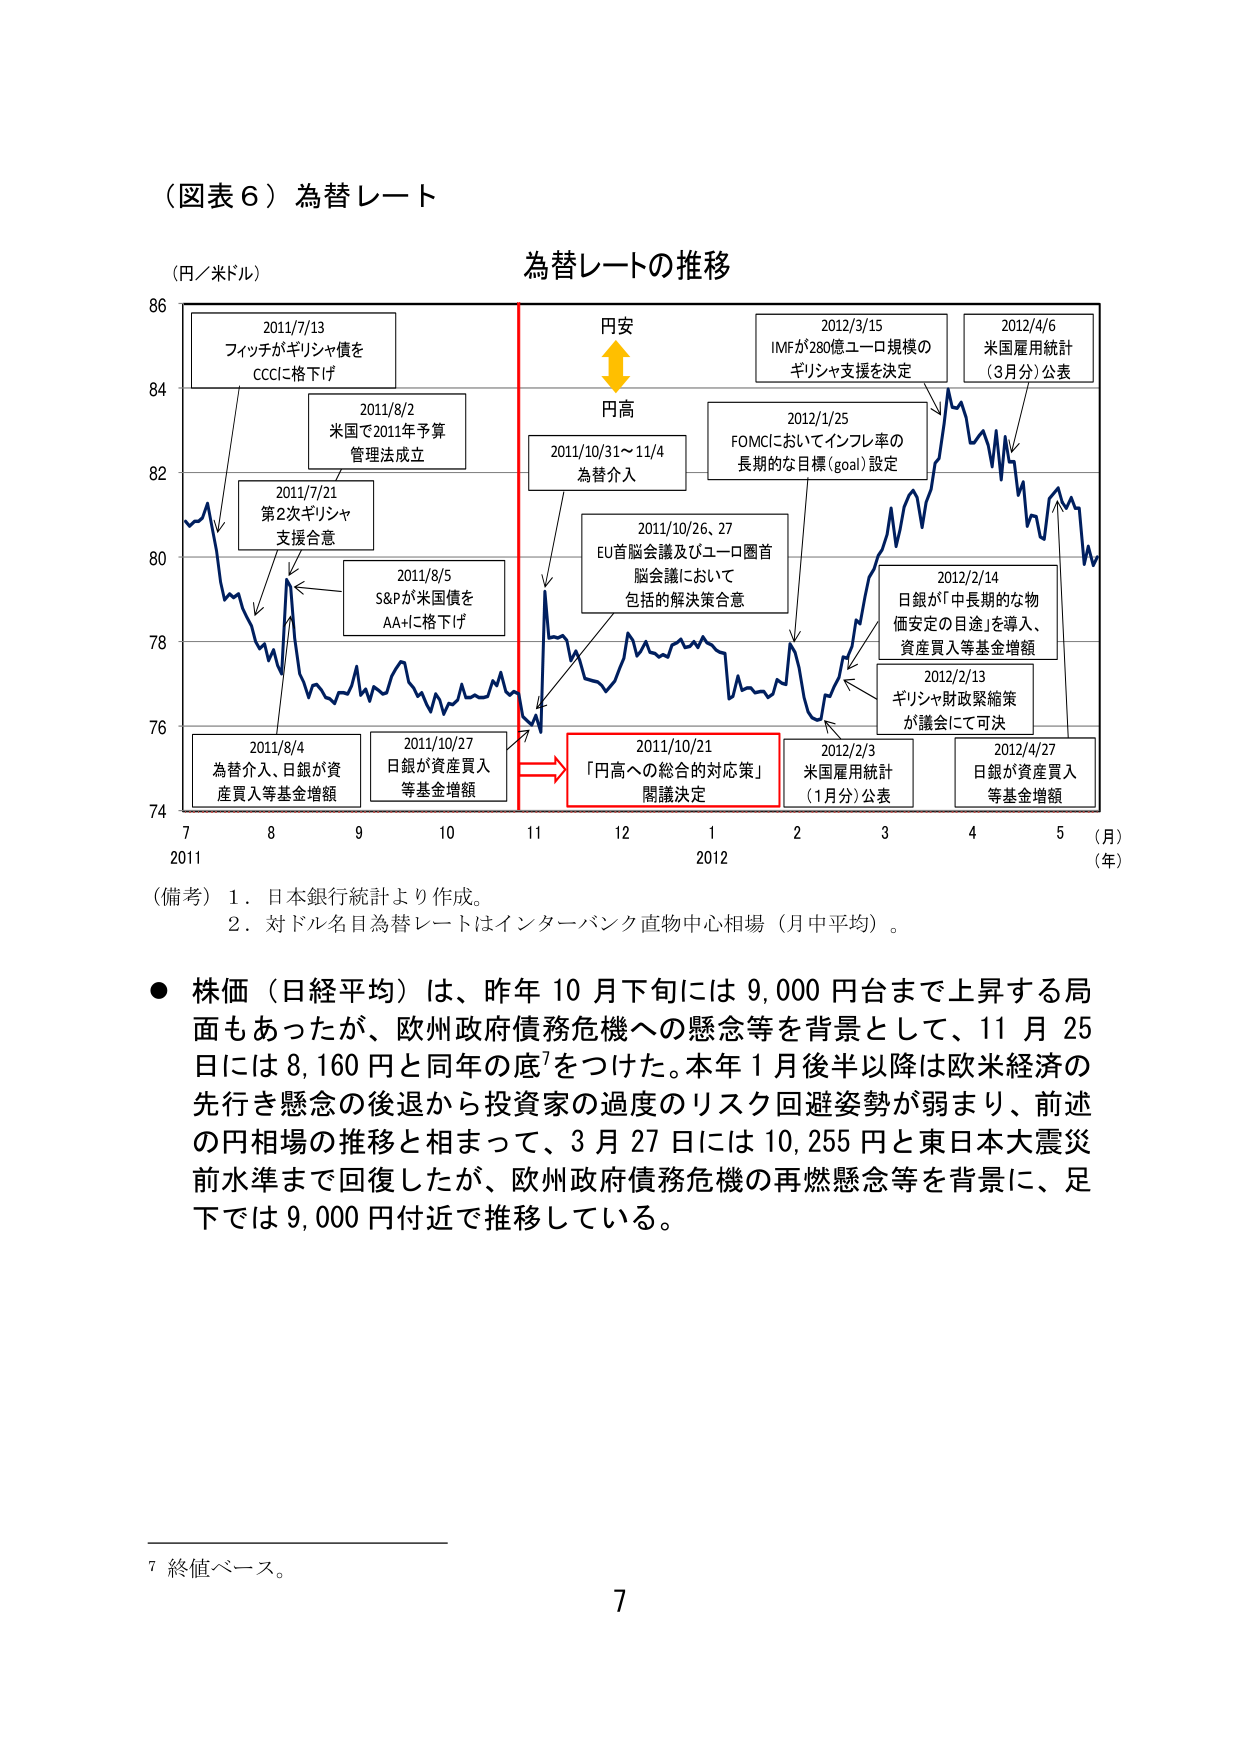
（図表６）為替レート

為替レートの推移

（円／米ドル）

86
2011/7/13
フィッチがギリシャ債を
CCCに格下げ

2011/8/2
米国で2011年予算
管理法成立

2011/7/21
第2次ギリシャ
支援合意

2011/8/4
為替介入、日銀が資
産買入等基金増額

2011/8/5
S&Pが米国債を
AA+に格下げ

2011/10/27
日銀が資産買入
等基金増額

2011/10/31～11/4
為替介入

2011/10/26、27
EU首脳会議及びユーロ圏首
脳会議において
包括的解決策合意

2011/10/21
「円高への総合的対応策」
閣議決定

円安
円高

2012/1/25
FOMCにおいてインフレ率の
長期的な目標（goal）設定

2012/2/13
ギリシャ財政緊縮策
が議会にて可決

2012/2/14
日銀が「中長期的な物
価安定の目途」を導入、
資産買入等基金増額

2012/2/3
米国雇用統計
（1月分）公表

2012/3/15
IMFが280億ユーロ規模の
ギリシャ支援を決定

2012/4/6
米国雇用統計
（3月分）公表

2012/4/27
日銀が資産買入
等基金増額

84
82
80
78
76
74

7 8 9 10 11 12 1 2 3 4 5
2011 2012
（月）
（年）

（備考）1．日本銀行統計より作成。
2．対ドル名目為替レートはインターバンク直物中心相場（月中平均）。

● 株価（日経平均）は、昨年10月下旬には9,000円台まで上昇する局面もあったが、欧州政府債務危機への懸念等を背景として、11月25日には8,160円と同年の底⁷をついた。本年1月後半以降は欧米経済の先行き懸念の後退から投資家の過度のリスク回避姿勢が弱まり、前述の円相場の推移と相まって、3月27日には10,255円と東日本大震災前水準まで回復したが、欧州政府債務危機の再燃懸念等を背景に、足下では9,000円付近で推移している。

⁷ 終値ベース。

7